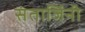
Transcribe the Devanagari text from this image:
संताजिंनी